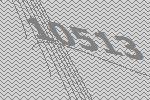
10513